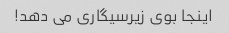
اینجا بوی زیرسیگاری می دهد!